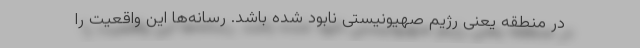
در منطقه یعنی رژیم صهیونیستی نابود شده باشد. رسانه‌ها این واقعیت را